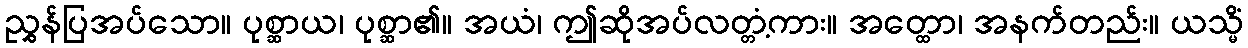
ညွှန်ပြအပ်သော။ ပုစ္ဆာယ၊ ပုစ္ဆာ၏။ အယံ၊ ဤဆိုအပ်လတ္တံ့ကား။ အတ္ထော၊ အနက်တည်း။ ယသ္မိံ